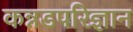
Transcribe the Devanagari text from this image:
कन्नडपरिज्ञान